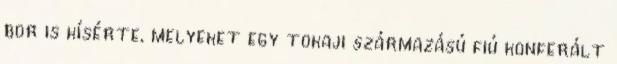
bor is kísérte, melyeket egy tokaji származású fiú konferált